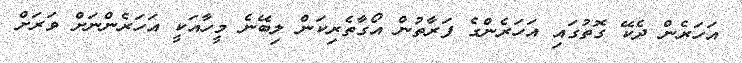
އަހަރެން ދެކޭ ގޮތުގައި އަހަރެންގެ ފަރާތުން އޯގާތެރިކަން ލިބޭނެ މީހާއަކީ އަހަރެންނަށް ވަރަށް